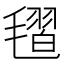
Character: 𣯥